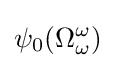
\psi _{0}(\Omega _{\omega }^{\omega })